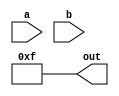
module logical_operators(
    input a,
    input b,
    output[3:0] out
);

    reg[3:0] x;
    assign out = x;
    always begin
        #1 x = -2'b1;
    end

endmodule